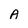
Character: A